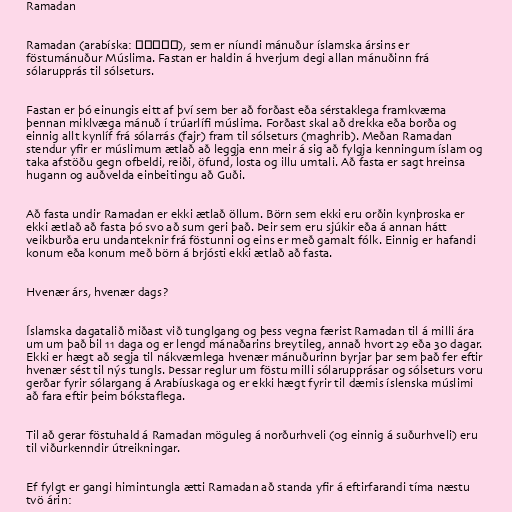
Ramadan

Ramadan (arabíska: رمضان), sem er níundi mánuður íslamska ársins er
föstumánuður Múslima. Fastan er haldin á hverjum degi allan mánuðinn frá
sólarupprás til sólseturs.

Fastan er þó einungis eitt af því sem ber að forðast eða sérstaklega framkvæma
þennan miklvæga mánuð í trúarlífi múslima. Forðast skal að drekka eða borða og
einnig allt kynlíf frá sólarrás (fajr) fram til sólseturs (maghrib). Meðan Ramadan
stendur yfir er múslimum ætlað að leggja enn meir á sig að fylgja kenningum íslam og
taka afstöðu gegn ofbeldi, reiði, öfund, losta og illu umtali. Að fasta er sagt hreinsa
hugann og auðvelda einbeitingu að Guði.

Að fasta undir Ramadan er ekki ætlað öllum. Börn sem ekki eru orðin kynþroska er
ekki ætlað að fasta þó svo að sum geri það. Þeir sem eru sjúkir eða á annan hátt
veikburða eru undanteknir frá föstunni og eins er með gamalt fólk. Einnig er hafandi
konum eða konum með börn á brjósti ekki ætlað að fasta.

Hvenær árs, hvenær dags?

Íslamska dagatalið miðast við tunglgang og þess vegna færist Ramadan til á milli ára
um um það bil 11 daga og er lengd mánaðarins breytileg, annað hvort 29 eða 30 dagar.
Ekki er hægt að segja til nákvæmlega hvenær mánuðurinn byrjar þar sem það fer eftir
hvenær sést til nýs tungls. Þessar reglur um föstu milli sólarupprásar og sólseturs voru
gerðar fyrir sólargang á Arabíuskaga og er ekki hægt fyrir til dæmis íslenska múslimi
að fara eftir þeim bókstaflega.

Til að gerar föstuhald á Ramadan möguleg á norðurhveli (og einnig á suðurhveli) eru
til viðurkenndir útreikningar.

Ef fylgt er gangi himintungla ætti Ramadan að standa yfir á eftirfarandi tíma næstu
tvö árin: